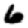
Digit: 6